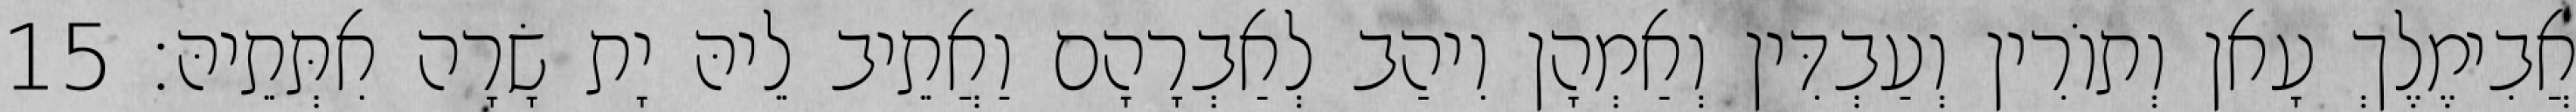
אֲבִימֶלֶךְ עָאן וְתוֹרִין וְעַבְדִּין וְאַמְהָן וִיהַב לְאַבְרָהָם וַאֲתֵיב לֵיהּ יָת שָׂרָה אִתְּתֵיהּ׃ 15